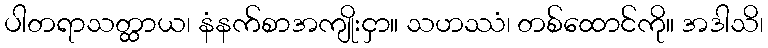
ပါတရာသတ္ထာယ၊ နံနက်စာအကျိုးငှာ။ သဟဿံ၊ တစ်ထောင်ကို။ အဒါသိ၊